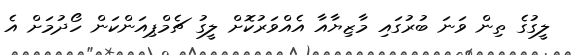
ލީގުގެ ތިން ވަނަ ބުރުގައި މާޒިޔާއާ އެއްވަރުކޮށް ލީގު ޗެމްޕިއަންކަން ހޯދުމަށް އެ